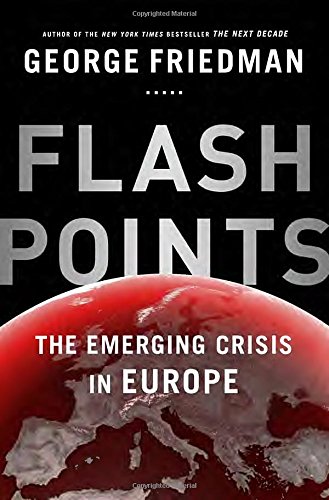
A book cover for Flashpoints: The Emerging Crisis in Europe; George Friedman; Business & Money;